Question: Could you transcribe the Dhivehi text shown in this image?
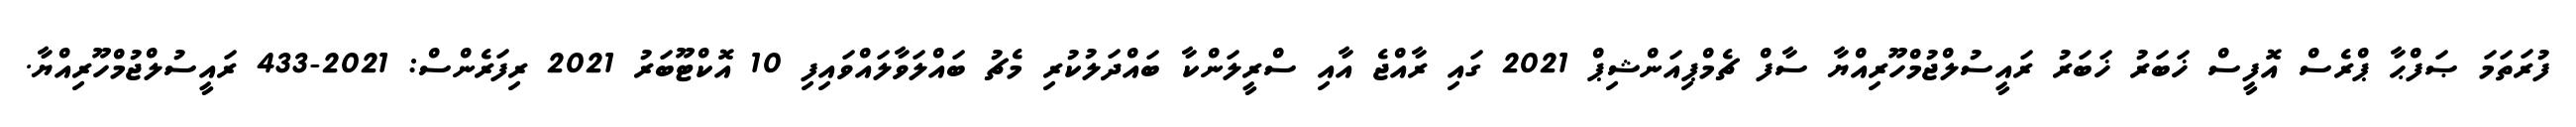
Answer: ފުރަތަމަ ޞަފްޙާ ޕްރެސް އޮފީސް ޚަބަރު ޚަބަރު ރައީސުލްޖުމްހޫރިއްޔާ ސާފް ޗެމްޕިއަންޝިޕް 2021 ގައި ރާއްޖެ އާއި ސްރީލަންކާ ބައްދަލުކުރި މެޗު ބައްލަވާލައްވައިފި 10 އޮކްޓޫބަރު 2021 ރިފަރެންސް: 2021-433 ރައީސުލްޖުމްހޫރިއްޔާ.